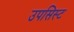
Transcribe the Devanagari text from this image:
उपसिस्ट